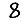
Digit: 8